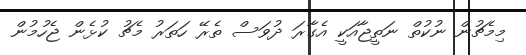
މިމެޗުން ނުކުތް ނަތީޖާއަކީ އެގާރަ ދުވަސް ތެރޭ ހަތަރު މެޗު ކުޅެން ޖެހުމުން